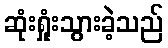
ဆုံးရှုံးသွားခဲ့သည်